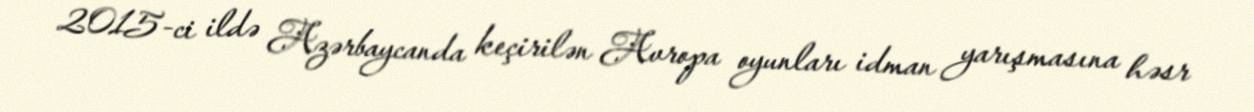
2015-ci ildə Azərbaycanda keçirilən Avropa oyunları idman yarışmasına həsr